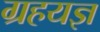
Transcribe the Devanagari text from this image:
ग्रहयज्ञ